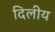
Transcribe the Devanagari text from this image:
दिलीय